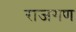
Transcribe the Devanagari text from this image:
राजगण